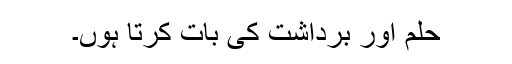
حلم اور برداشت کی بات کرتا ہوں۔